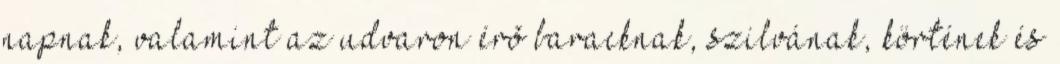
napnak, valamint az udvaron érõ baracknak, szilvának, körtének és